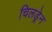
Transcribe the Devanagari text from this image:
चिलड्रेन